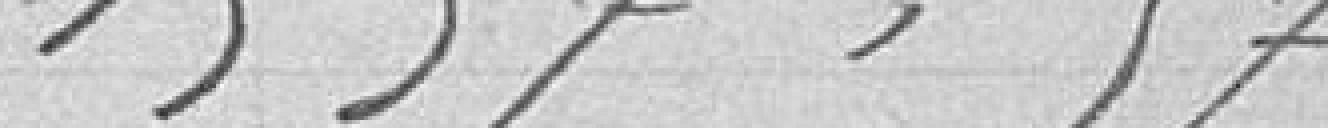
1997,97